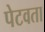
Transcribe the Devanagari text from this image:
पेटवता